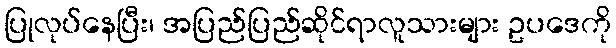
ပြုလုပ်နေပြီး၊ အပြည်ပြည်ဆိုင်ရာလူသားများ ဥပဒေကို